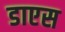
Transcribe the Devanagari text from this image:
डाएस